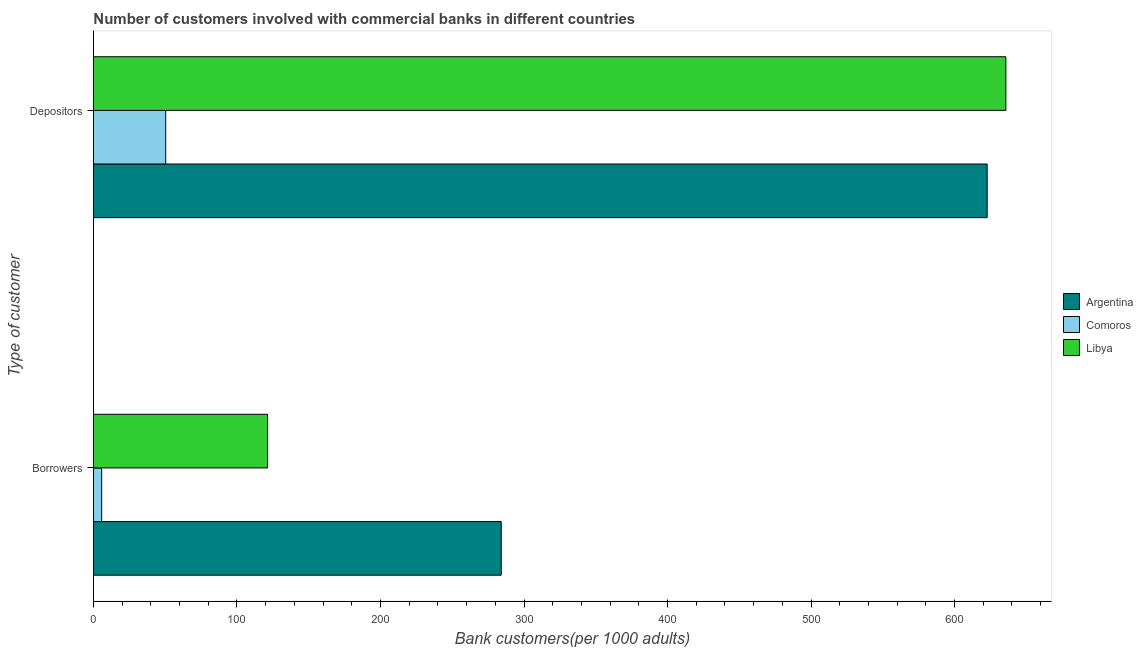
| Type of customer | Argentina | Comoros | Libya |
 | --- | --- | --- | --- |
 | Borrowers | 284 | 5.73 | 121 |
 | Depositors | 623 | 50.4 | 636 |